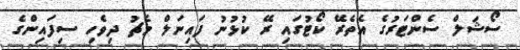
ސޯޝަލް ސެންޓަރުގެ އެތެރޭ ކޯޓުގައި ރޭ ކުޅުނު ފައިނަލް މެޗު ދިވެހި ސިފައިންގެ